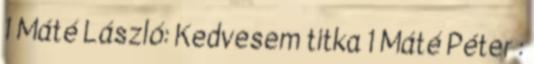
1 Máté László: Kedvesem titka 1 Máté Péter :